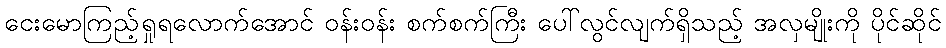
ငေးမောကြည့်ရှုရလောက်အောင် ဝန်းဝန်း စက်စက်ကြီး ပေါ်လွင်လျက်ရှိသည့် အလှမျိုးကို ပိုင်ဆိုင်